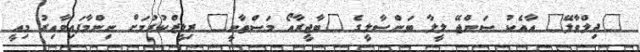
"ދިލްވާލޭ" އާއެކު ސަންޖޭ ލީލާ ބަންސާލީގެ "ބާޖީރާއޯ މަސްތާނީ" ރިލީޒްކުރުމަށް ނިންމާފައިވާއިރު މިއީ